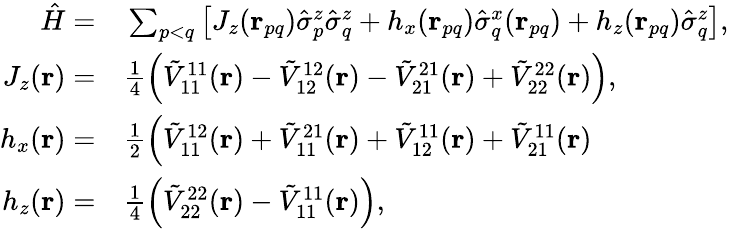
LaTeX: \begin{array}{rl}{\hat{H}=}&{{}\sum_{p<q}\left[J_{z}(\mathbf{r}_{pq})\hat{\sigma}_{p}^{z}\hat{\sigma}_{q}^{z}+h_{x}(\mathbf{r}_{pq})\hat{\sigma}_{q}^{x}(\mathbf{r}_{pq})+h_{z}(\mathbf{r}_{pq})\hat{\sigma}_{q}^{z}\right],}\\ {J_{z}(\mathbf{r})=}&{{}\frac{1}{4}\left(\tilde{V}_{11}^{11}(\mathbf{r})-\tilde{V}_{12}^{12}(\mathbf{r})-\tilde{V}_{21}^{21}(\mathbf{r})+\tilde{V}_{22}^{22}(\mathbf{r})\right),}\\ {h_{x}(\mathbf{r})=}&{{}\frac{1}{2}\left(\tilde{V}_{11}^{12}(\mathbf{r})+\tilde{V}_{11}^{21}(\mathbf{r})+\tilde{V}_{12}^{11}(\mathbf{r})+\tilde{V}_{21}^{11}(\mathbf{r})\right.}\\ {h_{z}(\mathbf{r})=}&{{}\frac{1}{4}\left(\tilde{V}_{22}^{22}(\mathbf{r})-\tilde{V}_{11}^{11}(\mathbf{r})\right),}\end{array}